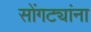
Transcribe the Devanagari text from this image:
सोंगट्यांना